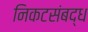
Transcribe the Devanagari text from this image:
निकटसंबद्ध